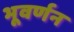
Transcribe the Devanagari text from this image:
भूवर्णन